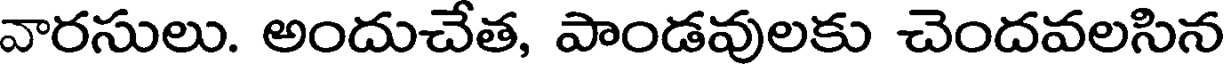
వారసులు. అందుచేత, పాండవులకు చెందవలసిన